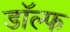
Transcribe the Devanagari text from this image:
डॉल्फ